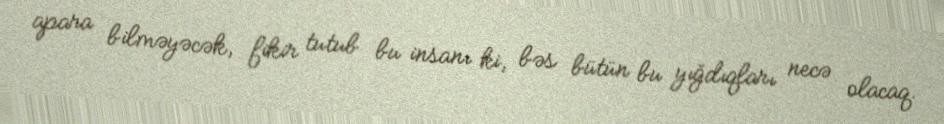
apara bilməyəcək, fikir tutub bu insanı ki, bəs bütün bu yığdıqları necə olacaq.